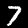
Digit: 7